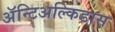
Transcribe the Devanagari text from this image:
अॅन्टिअल्किडास